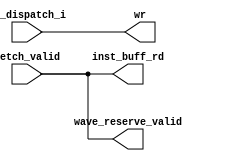
// This program was cloned from: https://github.com/VerticalResearchGroup/miaow
// License: BSD 3-Clause "New" or "Revised" License

module fetch_controller (
	WF_dispatch_i, 
	fetch_valid, 
	wr, 
	inst_buff_rd, 
	wave_reserve_valid
);

input WF_dispatch_i;
input fetch_valid;

output wr;
output inst_buff_rd;
output wave_reserve_valid;

assign wr = WF_dispatch_i;
assign wave_reserve_valid = fetch_valid;
assign inst_buff_rd = fetch_valid;

endmodule